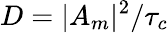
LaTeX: D=|A_{m}|^{2}/\tau_{c}